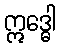
ဣဒ္ဓေါ